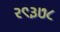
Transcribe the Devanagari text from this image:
२९३७८